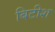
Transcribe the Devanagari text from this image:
बिटीश